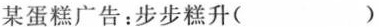
某蛋糕广告：步步糕升()